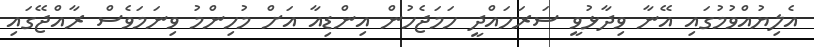
އެލިޔުއްވުމުގައި އޭނާ ވިދާޅުވީ ސަރަހައްދީ ހަމަޖެހުން އިންޑިއާ އަށް މުހިންމު ވިނަމަވެސް ރާއްޖޭގައި